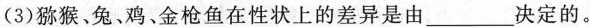
（3）猕猴、兔、鸡、金枪鱼在性状上的差异是由___决定的。